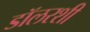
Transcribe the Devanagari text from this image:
डॉलरशी